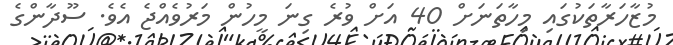
މުޒާހަރާތަކުގައި މިހާތަނަށް 40 އަށް ވުރެ ގިނަ މީހުން މަރުވެއްޖެ އެވެ. ސޫދާންގެ